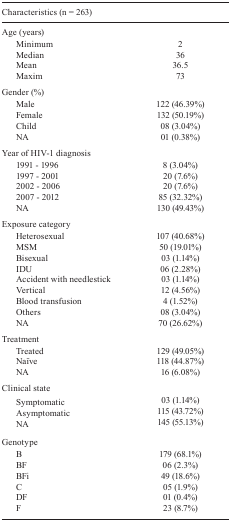
| <COLSPAN=2> Characteristics (n = 263) |
 | --- | --- |
 | <COLSPAN=2> Age (years) |
 | Minimum | 2 |
 | Median | 36 |
 | Mean | 36.5 |
 | Maxim | 73 |
 | <COLSPAN=2> Gender (%) |
 | Male | 122 (46.39%) |
 | Female | 132 (50.19%) |
 | Child | 08 (3.04%) |
 | NA | 01 (0.38%) |
 | <COLSPAN=2> Year of HIV-1 diagnosis |
 | 1991 - 1996 | 8 (3.04%) |
 | 1997 - 2001 | 20 (7.6%) |
 | 2002 - 2006 | 20 (7.6%) |
 | 2007 - 2012 | 85 (32.32%) |
 | NA | 130 (49.43%) |
 | <COLSPAN=2> Exposure category |
 | Heterosexual | 107 (40.68%) |
 | MSM | 50 (19.01%) |
 | Bisexual | 03 (1.14%) |
 | IDU | 06 (2.28%) |
 | Accident with needlestick | 03 (1.14%) |
 | Vertical | 12 (4.56%) |
 | Blood transfusion | 4 (1.52%) |
 | Others | 08 (3.04%) |
 | NA | 70 (26.62%) |
 | <COLSPAN=2> Treatment |
 | Treated | 129 (49.05%) |
 | Naïve | 118 (44.87%) |
 | NA | 16 (6.08%) |
 | <COLSPAN=2> Clinical state |
 | Symptomatic | 03 (1.14%) |
 | Asymptomatic | 115 (43.72%) |
 | NA | 145 (55.13%) |
 | <COLSPAN=2> Genotype |
 | B | 179 (68.1%) |
 | BF | 06 (2.3%) |
 | BFi | 49 (18.6%) |
 | C | 05 (1.9%) |
 | DF | 01 (0.4%) |
 | F | 23 (8.7%) |